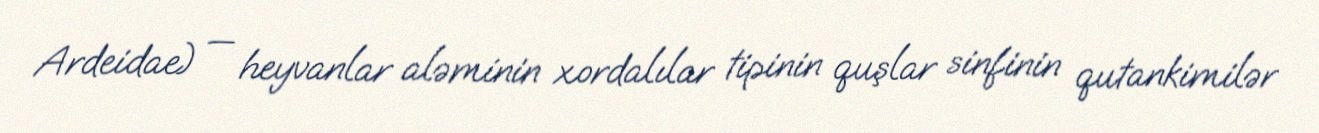
Ardeidae) — heyvanlar aləminin xordalılar tipinin quşlar sinfinin qutankimilər